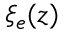
\xi _ { e } ( z )